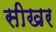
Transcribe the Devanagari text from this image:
सीखर